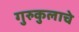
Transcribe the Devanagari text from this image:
गुरुकुलाचे